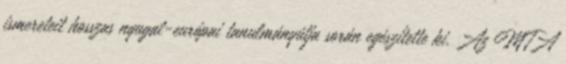
ismereteit hosszas nyugat-európai tanulmányútja során egészítette ki. Az MTA